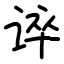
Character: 谇